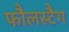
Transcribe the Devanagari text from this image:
फौलस्टैग